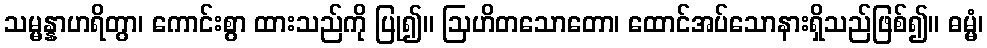
သမ္မန္နာဟရိတွာ၊ ကောင်းစွာ ထားသည်ကို ပြု၍။ ဩဟိတသောတော၊ ထောင်အပ်သောနားရှိသည်ဖြစ်၍။ ဓမ္မံ၊